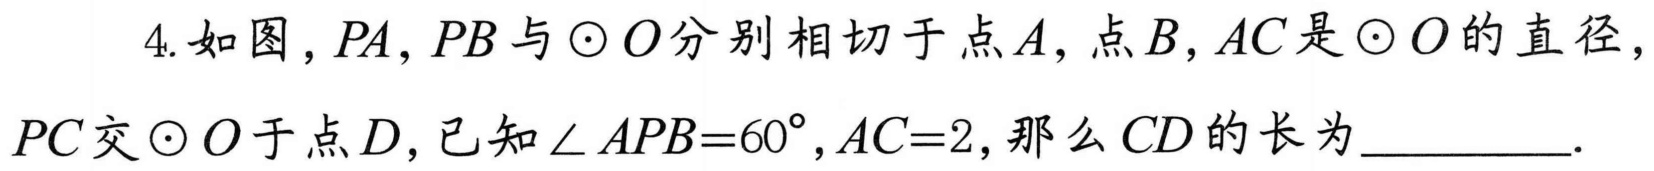
4. 如图，\(PA\)，\(PB\) 与 \(\odot O\) 分别相切于点 \(A\)，点 \(B\)，\(AC\) 是 \(\odot O\) 的直径，\(PC\) 交 \(\odot O\) 于点 \(D\)，已知 \(\angle APB = 60^{\circ}\)，\(AC = 2\)，那么 \(CD\) 的长为_________.